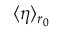
\langle \eta \rangle _ { r _ { 0 } }